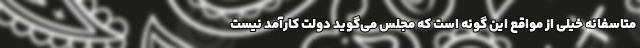
متاسفانه خیلی از مواقع این گونه است که مجلس می‌گوید دولت کارآمد نیست